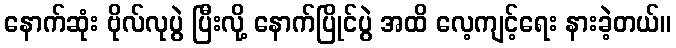
နောက်ဆုံး ဗိုလ်လုပွဲ ပြီးလို့ နောက်ပြိုင်ပွဲ အထိ လေ့ကျင့်ရေး နားခဲ့တယ်။